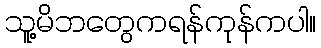
သူ့မိဘတွေကရန်ကုန်ကပါ။